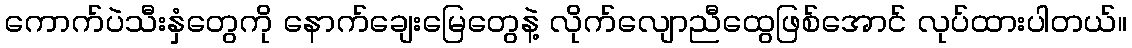
ကောက်ပဲသီးနှံတွေကို နောက်ချေးမြေတွေနဲ့ လိုက်လျောညီထွေဖြစ်အောင် လုပ်ထားပါတယ်။